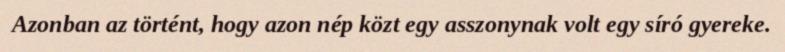
Azonban az történt, hogy azon nép közt egy asszonynak volt egy síró gyereke.